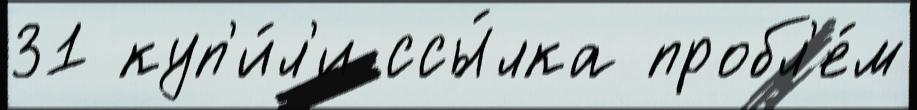
31 куп'и́л'и ссы́лка пробл'е́м